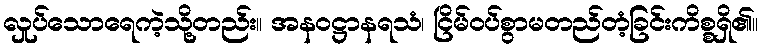
လှုပ်သောရေကဲ့သို့တည်း။ အနဝဋ္ဌာနရသံ၊ ငြိမ်ဝပ်စွာမတည်တံ့ခြင်းကိစ္စရှိ၏။